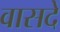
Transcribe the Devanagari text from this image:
वासदे